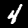
Digit: 4